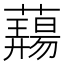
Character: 𬟎